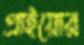
প্রাইয়োর